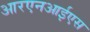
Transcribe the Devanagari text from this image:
आरएनआईएस